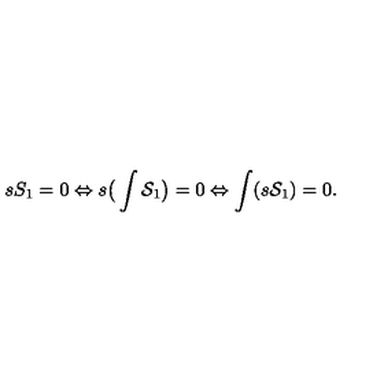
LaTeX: s S _ { 1 } = 0 \Leftrightarrow s \big ( \int { \cal S } _ { 1 } \big ) = 0 \Leftrightarrow \int ( s { \cal S } _ { 1 } ) = 0 .